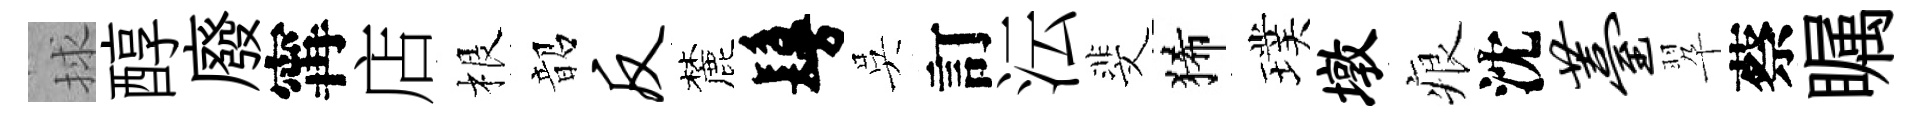
捄醇廢𡩋店根韶反麓鬘吳訂沄斐狶璞墩痕沈薹翆蔡瞩